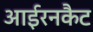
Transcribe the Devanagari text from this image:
आईरनकैट